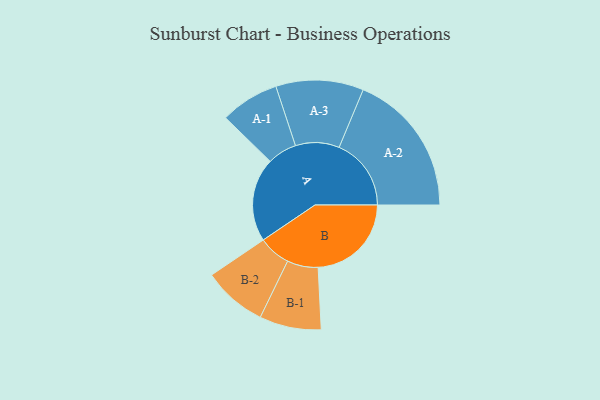
{"axis": {"x": "Segment", "y": "Value"}, "legend": ["", "A", "B"], "data": [{"x": "A", "y": 285, "type": ""}, {"x": "B", "y": 317, "type": ""}, {"x": "A-1", "y": 100, "type": "A"}, {"x": "A-2", "y": 245, "type": "A"}, {"x": "A-3", "y": 149, "type": "A"}, {"x": "B-1", "y": 105, "type": "B"}, {"x": "B-2", "y": 109, "type": "B"}]}